Vaccination North-Western Provinces 1866-1877 - 1866-1877
Year: 1866
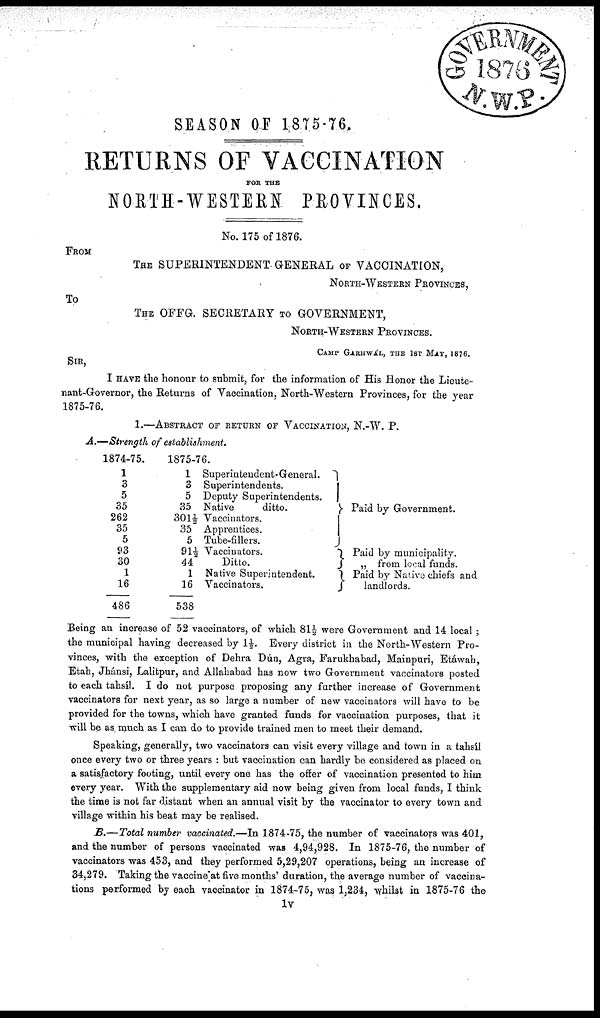
SEASON OF 1875-76.
RETURNS OF VACCINATION
FOR THE
NORTH-WESTERN PROVINCES.
No. 175 of 1876.
FROM
THE SUPERINTENDENT GENERAL OF VACCINATION,
NORTH-WESTERN PROVINCES,
To
THE OFFG. SECRETARY TO GOVERNMENT,
NORTH-WESTERN PROVINCES.
CAMP GARHWAL, THE 1ST MAY, 1876.
SIR,
I HAVE the honour to submit, for the information of His Honor the Lieute¬
nant-Governor, the Returns of Vaccination, North-Western Provinces, for the year
1875-76.
1.—ABSTRACT OF RETURN OF VACCINATION, N.-W. P.
A.—Strength of establishment.
1874-75.
1
3
5
35
262
35
5
93
30
1
16
486
1875-76.
1 Superintendent-General.
3 Superintendents.
5 Deputy Superintendents.
35 Native
ditto.
301½ Vaccinators.
35 Apprentices.
5 Tube-fillers.
91½ Vaccinators.
44
Ditto.
1 Native Superintendent.
16 Vaccinators.
538
Paid by Government.
Paid by municipality.
„ from local funds.
Paid by Native chiefs and
landlords.
Being an increase of 52 vaccinators, of which 81½ were Government and 14 local;
the municipal having decreased by 1½. Every district in the North-Western Pro-
vinces, with the exception of Dehra Dún, Agra, Farukhabad, Mainpuri, Etáwah,
Etah, Jhánsi, Lalitpur, and Allahabad has now two Government vaccinators posted
to each tahsíl. I do not purpose proposing any further increase of Government
vaccinators for next year, as so large a number of new vaccinators will have to be
provided for the towns, which have granted funds for vaccination purposes, that it
will be as much as I can do to provide trained men to meet their demand.
Speaking, generally, two vaccinators can visit every village and town in a tahsil
once every two or three years : but vaccination can hardly be considered as placed on
a satisfactory footing, until every one has the offer of vaccination presented to him
every year. With the supplementary aid now being given from local funds, I think
the time is not far distant when an annual visit by the vaccinator to every town and
village within his beat may be realised.
B.—Total number vaccinated.—In 1874-75, the number of vaccinators was 401,
and the number of persons vaccinated was 4,94,928. In 1875-76, the number of
vaccinators was 453, and they performed 5,29,207 operations, being an increase of
34,279. Taking the vaccine at five months' duration, the average number of vaccina-
tions performed by each vaccinator in 1874-75, was 1,234, whilst in 1875-76 the
1v